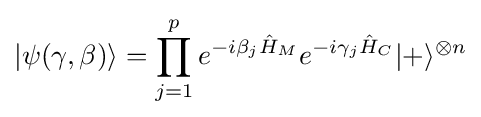
|\psi (\gamma ,\beta )\rangle =\prod _{j=1}^{p}e^{-i\beta _{j}{\hat {H}}_{M}}e^{-i\gamma _{j}{\hat {H}}_{C}}|+\rangle ^{\otimes n}